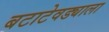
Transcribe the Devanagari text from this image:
बटाटेवड्याला